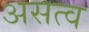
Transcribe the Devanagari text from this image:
असत्व